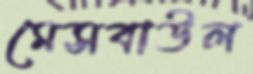
মেসবাউল